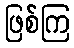
ဖြစ်ကြ